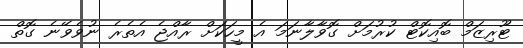
ޓޫރިޒަމް ބޮއިކޮޓް ކުރުމަށް ގޮވާލާނަމަ އެ މީހަކަށް ރާއްޖެ އެތެރެ ނުވެވޭނެ ގޮތް